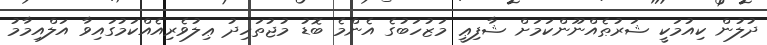
ދުލުން ކިއުމަކީ ޝަރުޠެއްނޫންކަމަށް ޝާފިޢީ މަޒުހަބުގެ އެންމެ ބޮޑު މުޖުތަހިދު ޢިލުވެރިއެއްކަމުގައިވާ އަލްއިމާމު